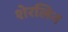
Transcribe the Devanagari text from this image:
शेरलिन